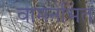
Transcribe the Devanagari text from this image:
वामनभिंत